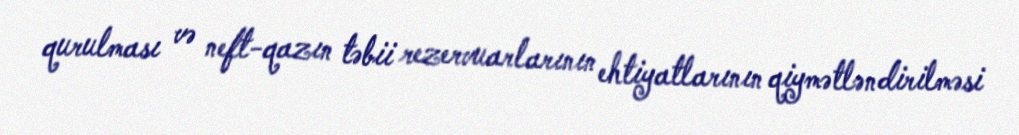
qurulması və neft-qazın təbii rezervuarlarının ehtiyatlarının qiymətləndirilməsi